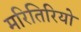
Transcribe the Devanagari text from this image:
मरितिरियो